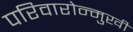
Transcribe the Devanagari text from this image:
परिवारोन्मुखी